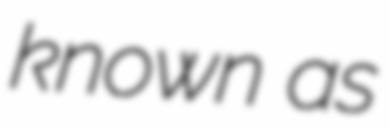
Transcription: known as